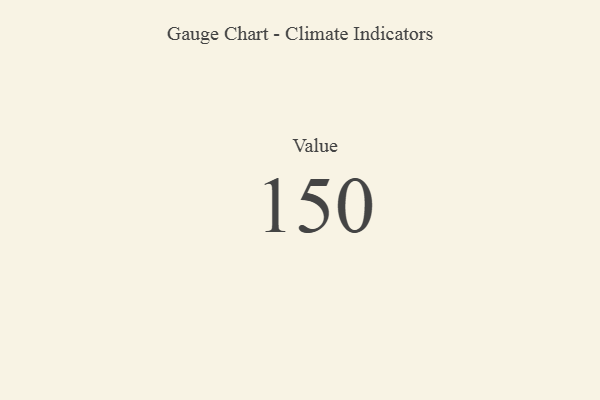
{"axis": {"x": "Metric", "y": "Value"}, "legend": [""], "data": [{"x": "Value", "y": 150, "type": ""}]}